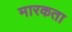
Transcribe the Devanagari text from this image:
मारकता